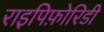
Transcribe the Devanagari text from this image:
राइपिफ़ोरिडी